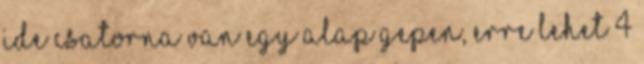
IDE csatorna van egy alap gepen, erre lehet 4